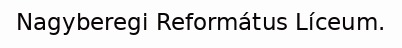
Nagyberegi Református Líceum.